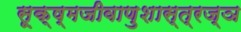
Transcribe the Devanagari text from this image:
सूक्ष्मजीवाणुशास्त्रज्ञ